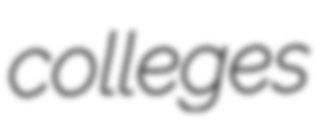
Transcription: colleges